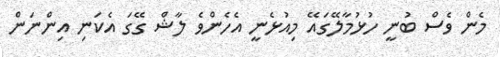
މެން ވެސް ބުނީ ހުޅުމާލޭގައޭ މިއުޅެނީ އެހެންވެ ލާޝް ގޭގަ އެކަނި އިންނަން